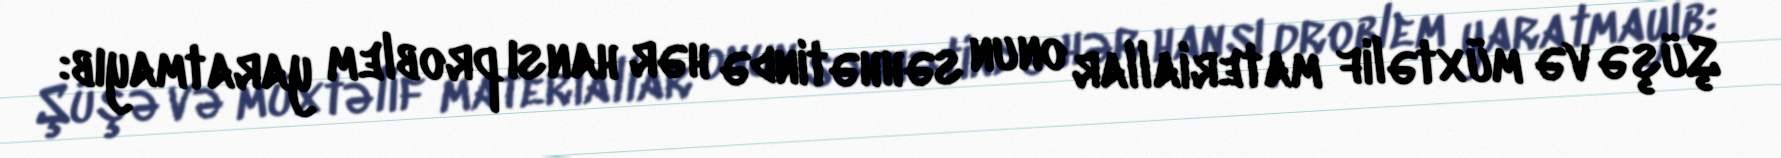
Şüşə və müxtəlif materiallar onun səhhətində hər hansı problem yaratmayıb: